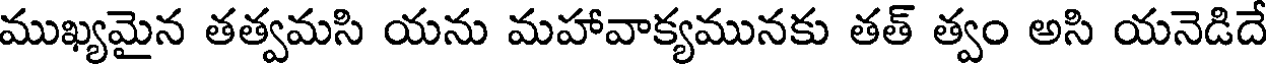
ముఖ్యమైన తత్వమసి యను మహావాక్యమునకు తత్ త్వం అసి యనెడిదే